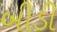
બીડી